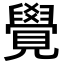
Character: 覺